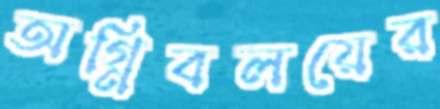
অগ্নিবলয়ের